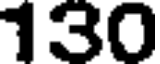
130